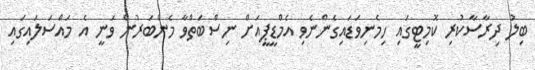
ބިލު ދިރާސާކުރި ކޮމިޓީގައި ހިމެނިވަޑައިގެންނެވި އެމްޑީޕީއަށް ނިސްބަތްވާ މެންބަރުން ވަނީ އެ މައްސަލައިގައި